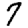
Digit: 7